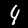
Digit: 4